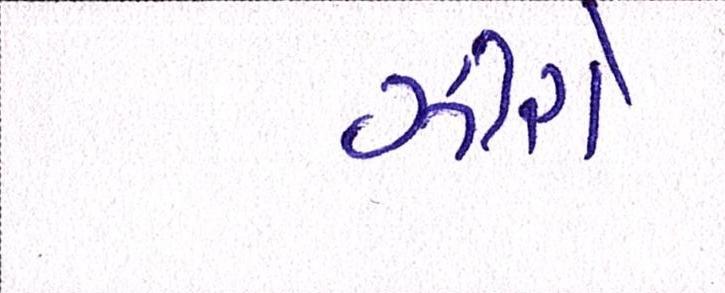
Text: ઝીરો